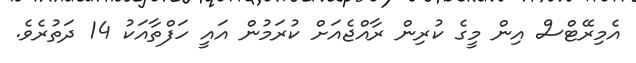
އެމިރޭޓްސް އިން މީގެ ކުރިން ރާއްޖެއަށް ކުރަމުން އައީ ހަފްތާއަކު 14 ދަތުރެވެ.